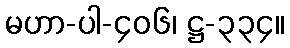
မဟာ-ပါ-၄၀၆၊ ဋ္ဌ-၃၃၄။